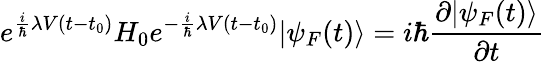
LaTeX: e^{{\frac{i}{\hbar}}\lambda V(t-t_{0})}H_{0}e^{-{\frac{i}{\hbar}}\lambda V(t-t_{0})}|\psi_{F}(t)\rangle=i\hbar{\frac{\partial|\psi_{F}(t)\rangle}{\partial t}}